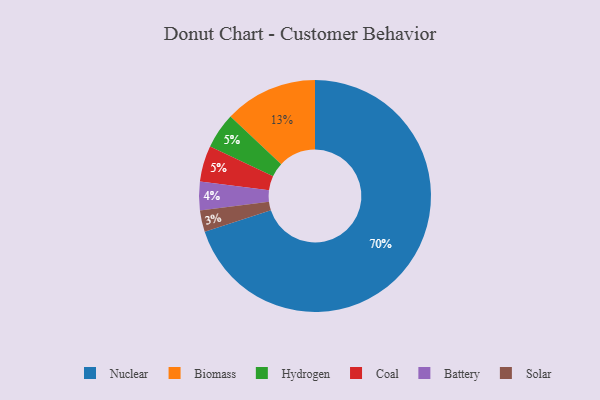
{"axis": {"x": "Category", "y": "Percentage"}, "legend": ["Battery", "Biomass", "Coal", "Hydrogen", "Nuclear", "Solar"], "data": [{"x": "Hydrogen", "y": 5, "type": "Hydrogen"}, {"x": "Solar", "y": 3, "type": "Solar"}, {"x": "Biomass", "y": 13, "type": "Biomass"}, {"x": "Battery", "y": 4, "type": "Battery"}, {"x": "Coal", "y": 5, "type": "Coal"}, {"x": "Nuclear", "y": 70, "type": "Nuclear"}]}